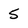
Character: 5